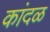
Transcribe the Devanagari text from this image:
कांदळ